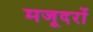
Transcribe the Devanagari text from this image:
मजूदरों